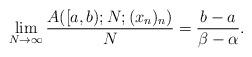
LaTeX: \begin{align*} \lim_{N \to \infty}{\frac{A([a,b); N; (x_n)_n)}{N}} & =\frac{b-a}{\beta- \alpha}. \end{align*}